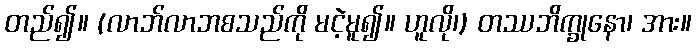
တည်၍။ (လာဘ်လာဘစသည်ကို မငဲ့မူ၍။ ဟူလို၊) တဿဘိက္ခုနော၊ အား။